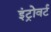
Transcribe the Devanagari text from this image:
इंट्रोवर्ट